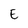
Character: E